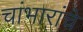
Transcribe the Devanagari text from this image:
चांभारांचे